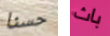
حسنا باث